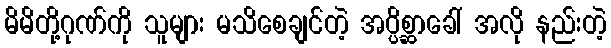
မိမိတို့ဂုဏ်ကို သူများ မသိစေချင်တဲ့ အပ္ပိစ္ဆာခေါ် အလို နည်းတဲ့